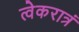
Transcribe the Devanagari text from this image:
त्वेकरात्रं